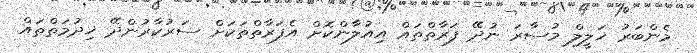
މެންބަރު ޚަލީލް މުސާރަ ނުދޭ ފަރާތްތައް އިއުލާންކޮށް އެފަރާތްތަކަށް ސަރުކާރުންދޭ ޚިދުމަތްތައް